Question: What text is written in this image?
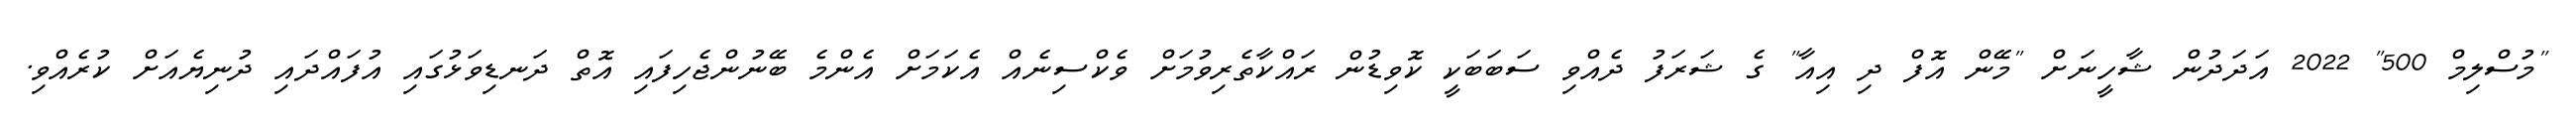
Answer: "މުސްލިމް 500" 2022 އަދަދުން ޝާހީނަށް "މޭން އޮފް ދި އިއާ" ގެ ޝަރަފު ދެއްވި ސަބަބަކީ ކޮވިޑުން ރައްކާތެރިވުމަށް ވެކްސިނެއް އެކަމަށް އެންމެ ބޭނުންޖެހިފައި އޮތް ދަނޑިވަޅުގައި އުފައްދައި ދުނިޔެއަށް ކުރެއްވި.